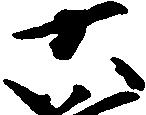
六